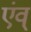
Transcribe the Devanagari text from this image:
एंव्